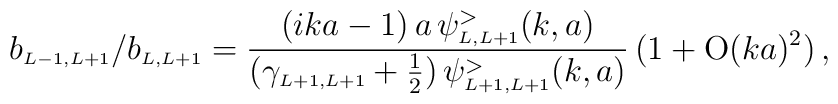
b_{\scriptscriptstyle{L-1, L+1}}/b_{\scriptscriptstyle{L, L+1}}=\frac{ (i ka -1)\,a\,\psi_{\scriptscriptstyle{L, L+1}}^>(k,a)}{(\gamma_{\scriptscriptstyle{L+1, L+1}} + \frac{1}{2})\,\psi_{\scriptscriptstyle{L+1, L+1}}^>(k,a)}\,( 1+ \mbox{O}(ka)^2)\,,